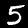
Label: 5